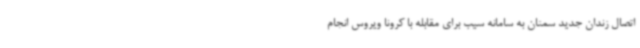
اتصال زندان جدید سمنان به سامانه سیب برای مقابله با کرونا ویروس انجام